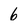
Character: 6